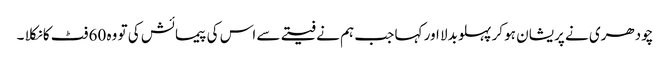
چودھری نے پریشان ہو کر پہلو بدلا اور کہا جب ہم نے فیتے سے اس کی پیمائش کی تو وہ 60 فٹ کا نکلا ۔